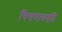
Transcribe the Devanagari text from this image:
चित्तमात्रदृष्टि